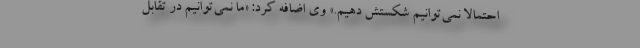
احتمالاً نمی‌توانیم شکستش دهیم.» وی اضافه کرد: «ما نمی‌توانیم در تقابل